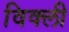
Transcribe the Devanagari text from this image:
विक्ली